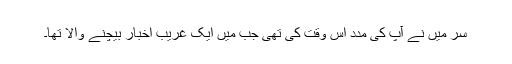
سر میں نے آپ کی مدد اس وقت کی تھی جب میں ایک غریب اخبار بیچنے والا تھا۔